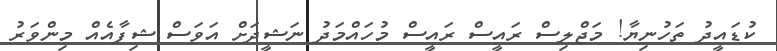
ކުޑައީދު ތަހުނިޔާ! މަޖްލިސް ރައީސް ރައީސް މުހައްމަދު ނަޝީދަށް އަވަސް ޝިފާއެއް މިންވަރު